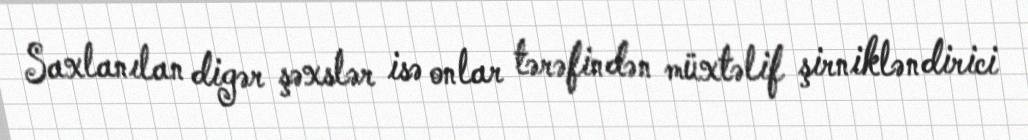
Saxlanılan digər şəxslər isə onlar tərəfindən müxtəlif şirnikləndirici